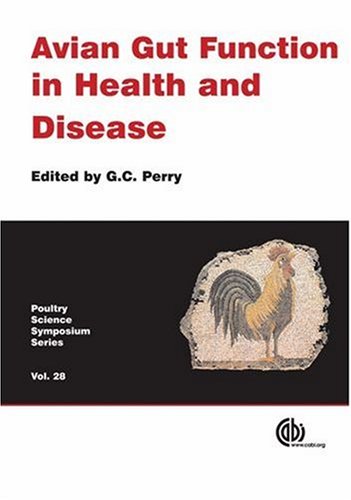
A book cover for Avian Gut Function in Health and Disease (Poultry Science Symposium Series); Graham C. Perry; Medical Books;